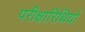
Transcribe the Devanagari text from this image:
परीक्षारिथियों